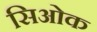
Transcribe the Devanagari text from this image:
सिओक